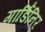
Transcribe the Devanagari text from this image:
गार्डिनिर